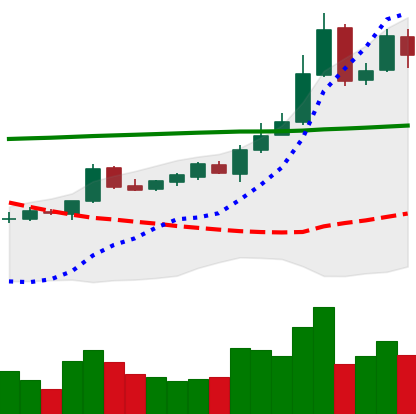
Ticker: BTC-USD
Chart end date: 2015-10-21
Forward return: 7.146%
Label: up_7plus